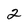
Character: 2